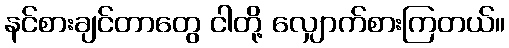
နင်စားချင်တာတွေ ငါတို့ လျှောက်စားကြတယ်။